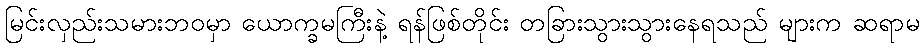
မြင်းလှည်းသမားဘဝမှာ ယောက္ခမကြီးနဲ့ ရန်ဖြစ်တိုင်း တခြားသွားသွားနေရသည် များက ဆရာမ